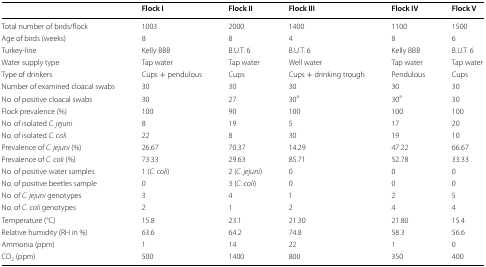
<table><thead><tr><td></td><td><b>Flock I</b></td><td><b>Flock II</b></td><td><b>Flock III</b></td><td><b>Flock IV</b></td><td><b>Flock V</b></td></tr></thead><tbody><tr><td>Total number of birds/flock</td><td>1003</td><td>2000</td><td>1400</td><td>1100</td><td>1500</td></tr><tr><td>Age of birds (weeks)</td><td>8</td><td>8</td><td>4</td><td>8</td><td>6</td></tr><tr><td>Turkey-line</td><td>Kelly BBB</td><td>B.U.T. 6</td><td>B.U.T. 6</td><td>Kelly BBB</td><td>B.U.T. 6</td></tr><tr><td>Water supply type</td><td>Tap water</td><td>Tap water</td><td>Well water</td><td>Tap water</td><td>Tap water</td></tr><tr><td>Type of drinkers</td><td>Cups + pendulous</td><td>Cups</td><td>Cups + drinking trough</td><td>Pendulous</td><td>Cups</td></tr><tr><td>Number of examined cloacal swabs</td><td>30</td><td>30</td><td>30</td><td>30</td><td>30</td></tr><tr><td>No. of positive cloacal swabs</td><td>30</td><td>27</td><td>30<sup>a</sup></td><td>30<sup>a</sup></td><td>30</td></tr><tr><td>Flock prevalence (%)</td><td>100</td><td>90</td><td>100</td><td>100</td><td>100</td></tr><tr><td>No. of isolated <i>C. jejuni</i></td><td>8</td><td>19</td><td>5</td><td>17</td><td>20</td></tr><tr><td>No. of isolated <i>C. coli</i></td><td>22</td><td>8</td><td>30</td><td>19</td><td>10</td></tr><tr><td>Prevalence of <i>C. jejuni</i> (%)</td><td>26.67</td><td>70.37</td><td>14.29</td><td>47.22</td><td>66.67</td></tr><tr><td>Prevalence of <i>C. coli</i> (%)</td><td>73.33</td><td>29.63</td><td>85.71</td><td>52.78</td><td>33.33</td></tr><tr><td>No. of positive water samples</td><td>1 (<i>C. coli</i>)</td><td>2 (<i>C. jejuni</i>)</td><td>0</td><td>0</td><td>0</td></tr><tr><td>No. of positive beetles sample</td><td>0</td><td>3 (<i>C. coli</i>)</td><td>0</td><td>0</td><td>0</td></tr><tr><td>No. of <i>C. jejuni</i> genotypes</td><td>3</td><td>4</td><td>1</td><td>2</td><td>5</td></tr><tr><td>No. of <i>C</i>. <i>coli</i> genotypes</td><td>2</td><td>1</td><td>2</td><td>4</td><td>4</td></tr><tr><td>Temperature (°C)</td><td>15.8</td><td>23.1</td><td>21.30</td><td>21.80</td><td>15.4</td></tr><tr><td>Relative humidity (RH in %)</td><td>63.6</td><td>64.2</td><td>74.8</td><td>58.3</td><td>56.6</td></tr><tr><td>Ammonia (ppm)</td><td>1</td><td>14</td><td>22</td><td>1</td><td>0</td></tr><tr><td>CO<sub>2</sub> (ppm)</td><td>500</td><td>1400</td><td>800</td><td>350</td><td>400</td></tr></tbody></table>